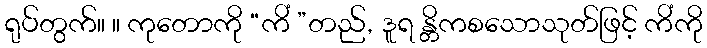
ရုပ်တွက်။ ။ ကုတောကို “ကိံ ”တည်, ဒူရ န္တိကစသောသုတ်ဖြင့် ကိံကို